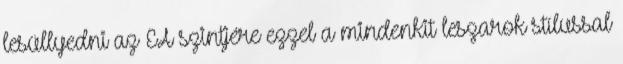
lesüllyedni az EA szintjére ezzel a mindenkit leszarok stílussal